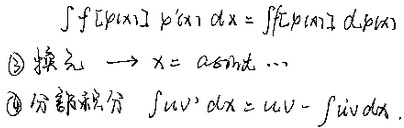
\(\int f[\varphi(x)] \varphi^{\prime}(x) \mathrm{d}x=\int f[\varphi(x)] \mathrm{d}\varphi(x)\)  \textcircled{3} 换元 \(\to x = a\sin t\cdots\)  \textcircled{4} 分部积分 \(\int uv^{\prime}\mathrm{d}x = uv-\int u^{\prime}v\mathrm{d}x\)